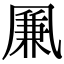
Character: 凲